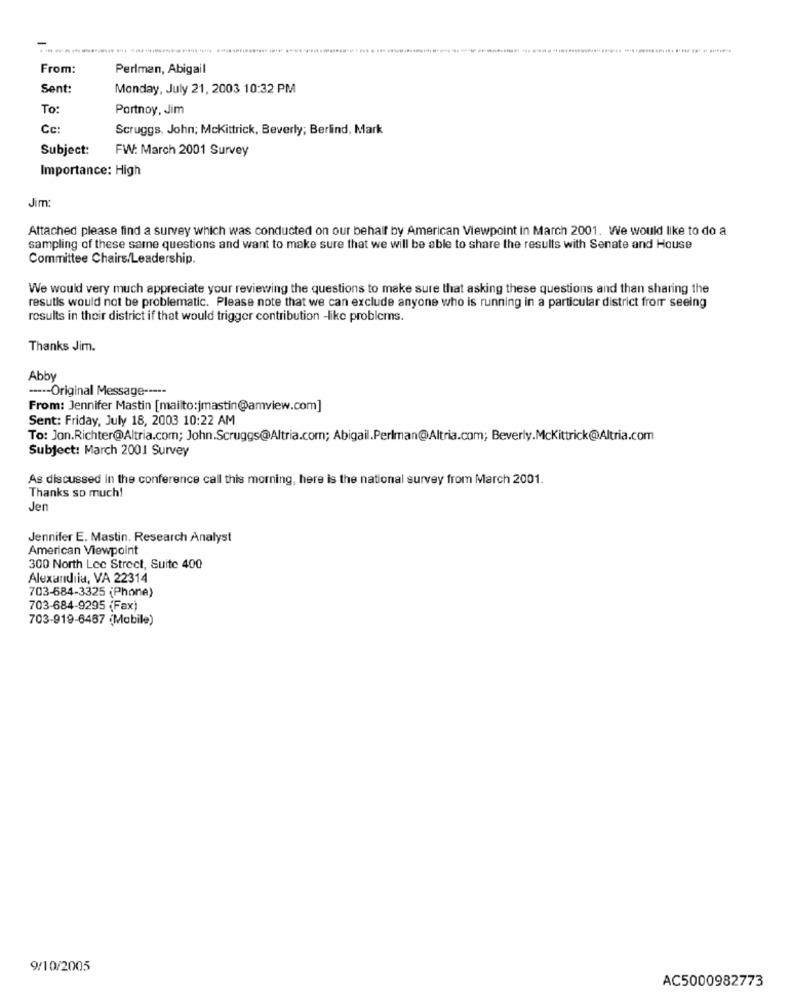
From:
Perlman, Abigail
Sent:
Monday, July 21, 2003 10:32 PM
To:
Portnoy, Jim
Cc:
Scruggs, John; Mckittrick, Beverly; Berlind, Mark
Subject:
FW: March 2001 Survey
Importance: High
Jim:
Attached please find a survey which was conducted on our behalf by American Viewpoint in March 2001. We would like to do a
sampling of these same questions and want to make sure that we will be able to share the results with Senate and House
Committee Chairs/Leadership.
We would very much appreciate your reviewing the questions to make sure that asking these questions and than sharing the
resutis would not be problematic. Please note that we can exclude anyone who is running in a particular district from seeing
results in their district if that would trigger contribution -like problems.
Thanks Jim.
Abby
----- Original Message -----
From: Jennifer Mastin [mailto:jmastin@amview.com]
Sent: Friday, July 18, 2003 10:22 AM
To: Jon.Richter@Altria.com; John.Scruggs@Altria.com; Abigail.Perlman@Altria.com; Beverly.Mckittrick@Altria.com
Subject: March 2001 Survey
As discussed in the conference call this morning, here is the national survey from March 2001.
Thanks so much!
Jen
Jennifer E. Mastin. Research Analyst
American Viewpoint
300 North Lec Strect, Suite 400
Alexandria, VA 22314
703-684-3325 (Phone)
703-684-9295 (Fax)
703-919-6487 (Mobile)
9/10/2005
AC5000982773